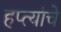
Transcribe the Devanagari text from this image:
हप्त्यांचे